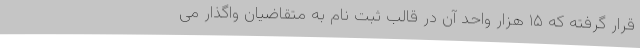
قرار گرفته که ۱۵ هزار واحد آن در قالب ثبت نام به متقاضیان واگذار می